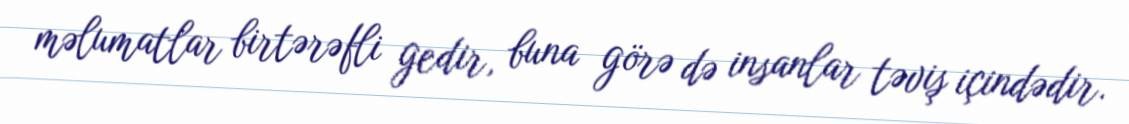
məlumatlar birtərəfli gedir, buna görə də insanlar təviş içindədir.